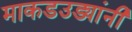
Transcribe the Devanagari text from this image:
माकडउड्यांनी